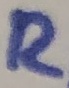
Text: R